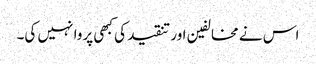
اس نے مخالفین اور تنقید کی کبھی پروا نہیں کی۔